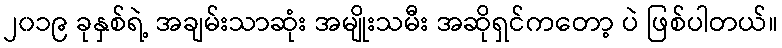
၂၀၁၉ ခုနှစ်ရဲ့ အချမ်းသာဆုံး အမျိုးသမီး အဆိုရှင်ကတော့ ပဲ ဖြစ်ပါတယ်။